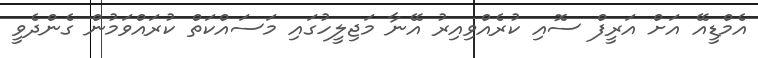
އެމްޑީއޭ އަށް އަރީފް ސޮއި ކުރެއްވިއިރު އޭނާ މަޖިލީހުގައި މަސައްކަތް ކުރައްވަމުން ގެންދެވީ